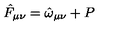
\hat { F } _ { \mu \nu } = \hat { \omega } _ { \mu \nu } + P